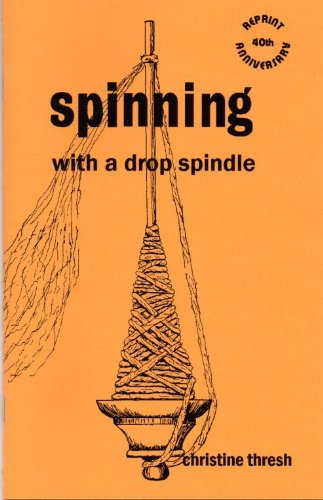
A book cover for Spinning with a Drop Spindle; Christine Thresh; Crafts, Hobbies & Home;